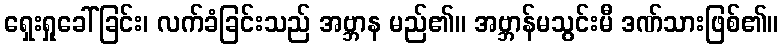
ရှေးရှုခေါ်ခြင်း၊ လက်ခံခြင်းသည် အဗ္ဘာန မည်၏။ အဗ္ဘာန်မသွင်းမီ ဒဏ်သားဖြစ်၏။